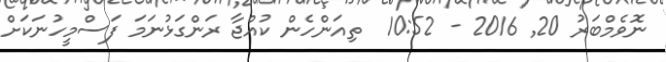
ނޮވެމްބަރު 20